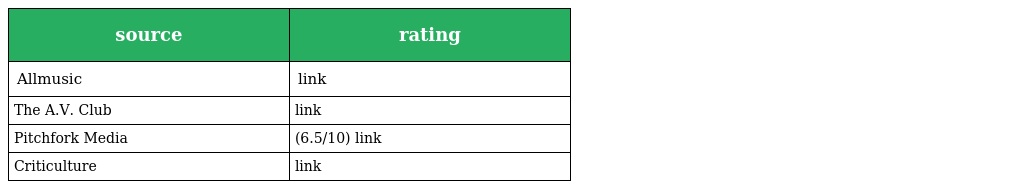
| source | rating |
 | --- | --- |
 | Allmusic | link |
 | The A.V. Club | link |
 | Pitchfork Media | (6.5/10) link |
 | Criticulture | link |